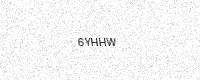
Text: 6YHHW